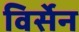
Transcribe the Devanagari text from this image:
विर्सेन